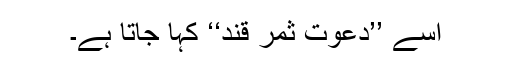
اُسے ’’دعوتِ ثمر قند‘‘ کہا جاتا ہے۔